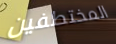
المختطفين